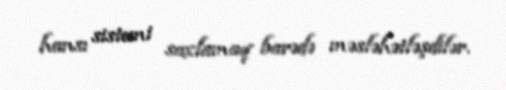
hansı sistemi saxlamaq barədə məsləhətləşdilər.